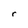
Character: r